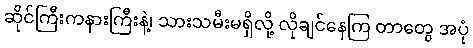
ဆိုင်ကြီးကနားကြီးနဲ့၊ သားသမီးမရှိလို့ လိုချင်နေကြ တာတွေ အပုံ